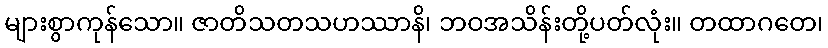
များစွာကုန်သော။ ဇာတိသတသဟဿာနိ၊ ဘဝအသိန်းတို့ပတ်လုံး။ တထာဂတေ၊